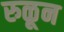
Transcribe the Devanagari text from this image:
रुळून